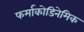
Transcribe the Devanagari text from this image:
फर्माकोडिनेमिक